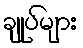
ချုပ်များ